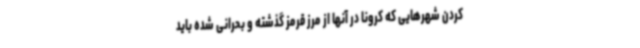
کردن شهرهایی که کرونا در آنها از مرز قرمز گذشته و بحرانی شده باید